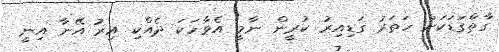
ގާތްގަޑަކަށް ހަތަރު ގަޑިއިރު ކުރީން ނާމީ އެވާހަކަ ދެއްކި އިރު އޭނާ އިނީ